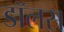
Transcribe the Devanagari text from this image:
डॉलस